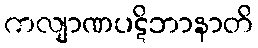
ကလျာဏပဋိဘာနာတိ